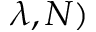
\lambda , N )